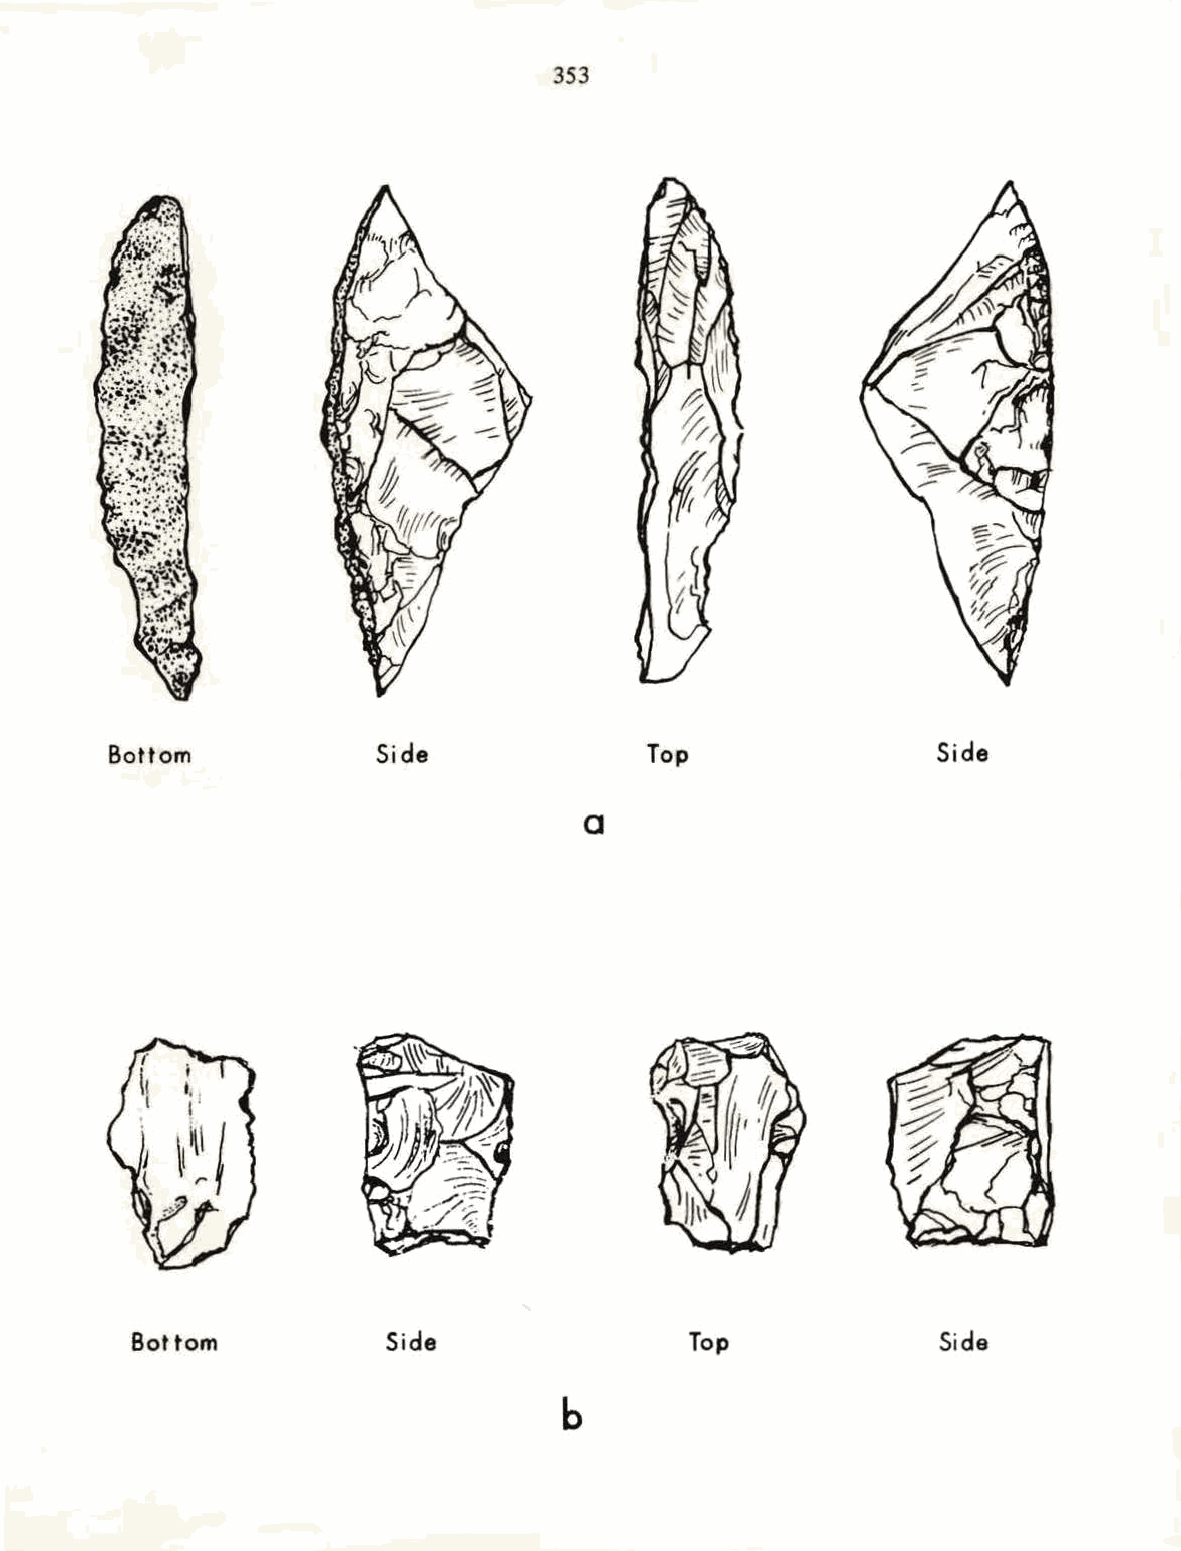
353
 Bottom           Side              Top                Side
 a
 Bot tom          Side                Top             Side
 b